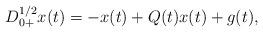
LaTeX: \begin{align*} D^{1/2}_{0+}x(t)=-x(t)+Q(t)x(t)+g(t),\end{align*}